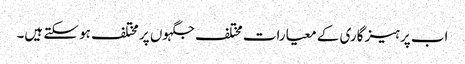
اب پرہیز گاری کے معیارات مختلف جگہوں پر مختلف ہو سکتے ہیں۔